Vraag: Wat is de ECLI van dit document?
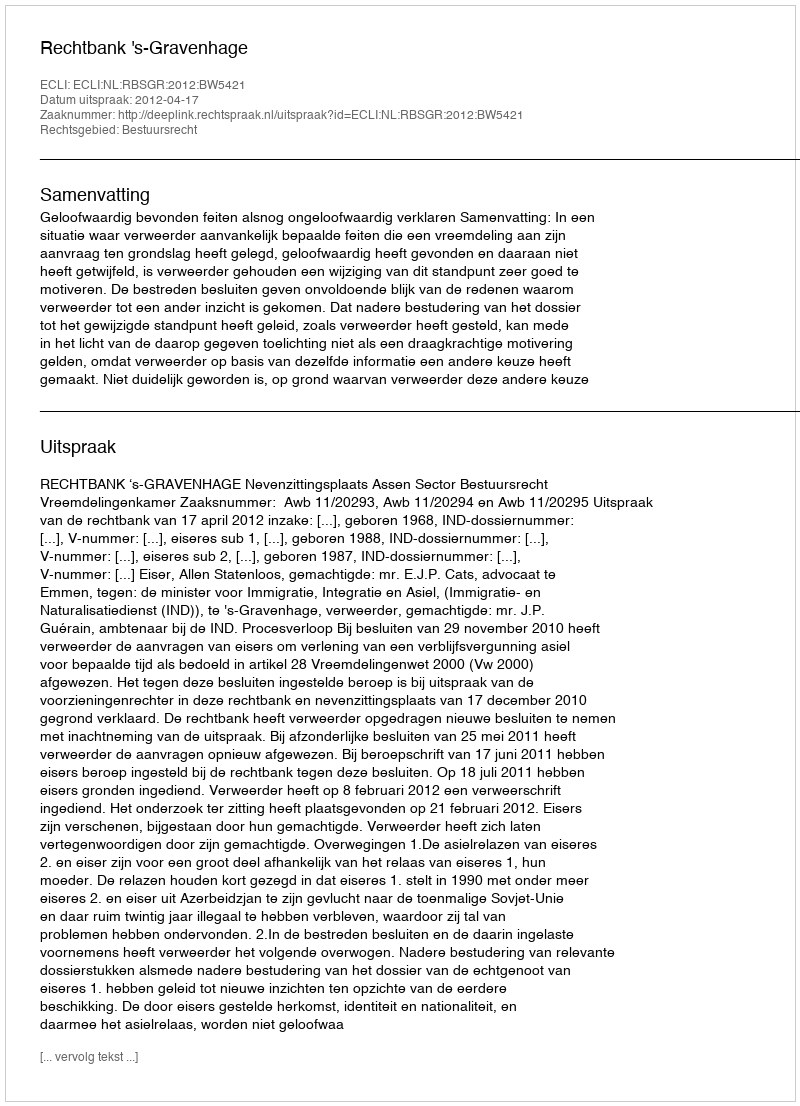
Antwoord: ECLI:NL:RBSGR:2012:BW5421